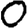
Digit: 0